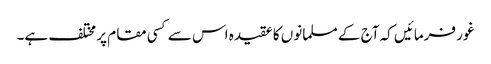
غور فرمائیں کہ آج کے مسلمانوں کا عقیدہ اس سے کسی مقام پر مختلف ہے۔